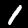
Digit: 1